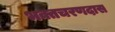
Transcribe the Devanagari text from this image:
भक्तचरणदास